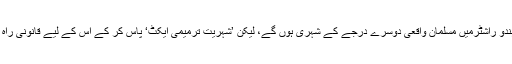
ظاہر ہے کہ مجوزہ ہندو راشٹرمیں مسلمان واقعی دوسرے درجے کے شہری ہوں گے، لیکن ’شہریت ترمیمی ایکٹ‘ پاس کر کے اس کے لیے قانونی راہ ہموار کرلی گئی ہے۔